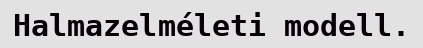
Halmazelméleti modell.